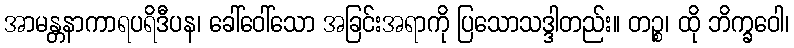
အာမန္တနာကာရပရိဒီပန၊ ခေါ်ဝေါ်သော အခြင်းအရာကို ပြသောသဒ္ဒါတည်း။ တဉ္စ၊ ထို ဘိက္ခဝေါ၊